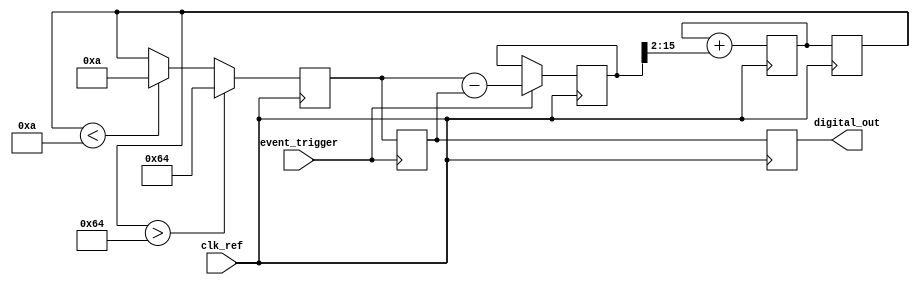
module TDC_PLL (
    input wire clk_ref,          // Reference clock
    input wire event_trigger,    // Input event signal
    output reg [15:0] digital_out // Digital output for time measurement
);

    // PLL parameters
    parameter VCO_MAX_FREQ = 100; // Maximum VCO frequency
    parameter VCO_MIN_FREQ = 10;   // Minimum VCO frequency

    // Internal signals
    reg [15:0] vco_output;         // VCO output
    reg [15:0] phase_error;        // Phase error signal
    reg [15:0] control_voltage;     // Control voltage for VCO
    reg [15:0] sample_time;        // Sampled time for output
    reg [15:0] loop_filter;        // Loop filter output

    // Phase Detector (PD)
    always @(posedge clk_ref) begin
        // Simple phase error calculation (for demonstration)
        phase_error <= (event_trigger) ? (vco_output - sample_time) : phase_error;
    end

    // Loop Filter (LF)
    always @(posedge clk_ref) begin
        // A simple first-order loop filter
        loop_filter <= loop_filter + (phase_error >> 2); // Low-pass filter
        control_voltage <= loop_filter;
    end

    // Voltage Controlled Oscillator (VCO)
    always @(posedge clk_ref) begin
        // Adjust VCO frequency based on control voltage
        if (control_voltage > VCO_MAX_FREQ) begin
            vco_output <= VCO_MAX_FREQ;
        end else if (control_voltage < VCO_MIN_FREQ) begin
            vco_output <= VCO_MIN_FREQ;
        end else begin
            vco_output <= control_voltage;
        end
    end

    // Sampling Mechanism
    always @(posedge event_trigger) begin
        // Capture the VCO output at the moment of the event
        sample_time <= vco_output;
    end

    // Digital Output Generation
    always @(posedge clk_ref) begin
        // Output the sampled time as digital representation
        digital_out <= sample_time;
    end

endmodule